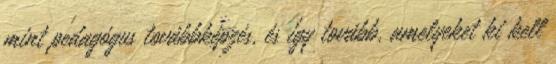
mint pedagógus továbbképzés, és így tovább, amelyeket ki kell